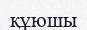
құюшы